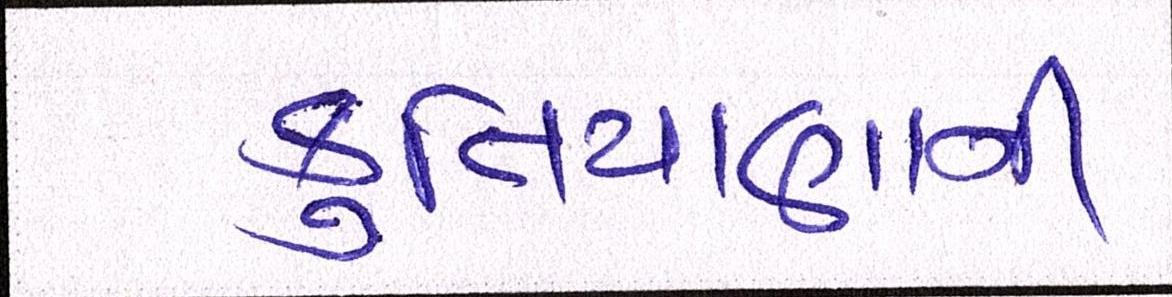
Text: કુતિયાણાની